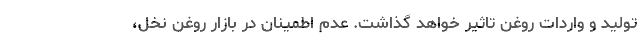
تولید و واردات روغن تاثیر خواهد گذاشت. عدم اطمینان در بازار روغن نخل،